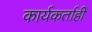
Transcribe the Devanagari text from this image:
कार्यकर्ताही